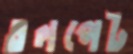
তলপেট